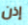
إذن